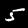
Label: 5